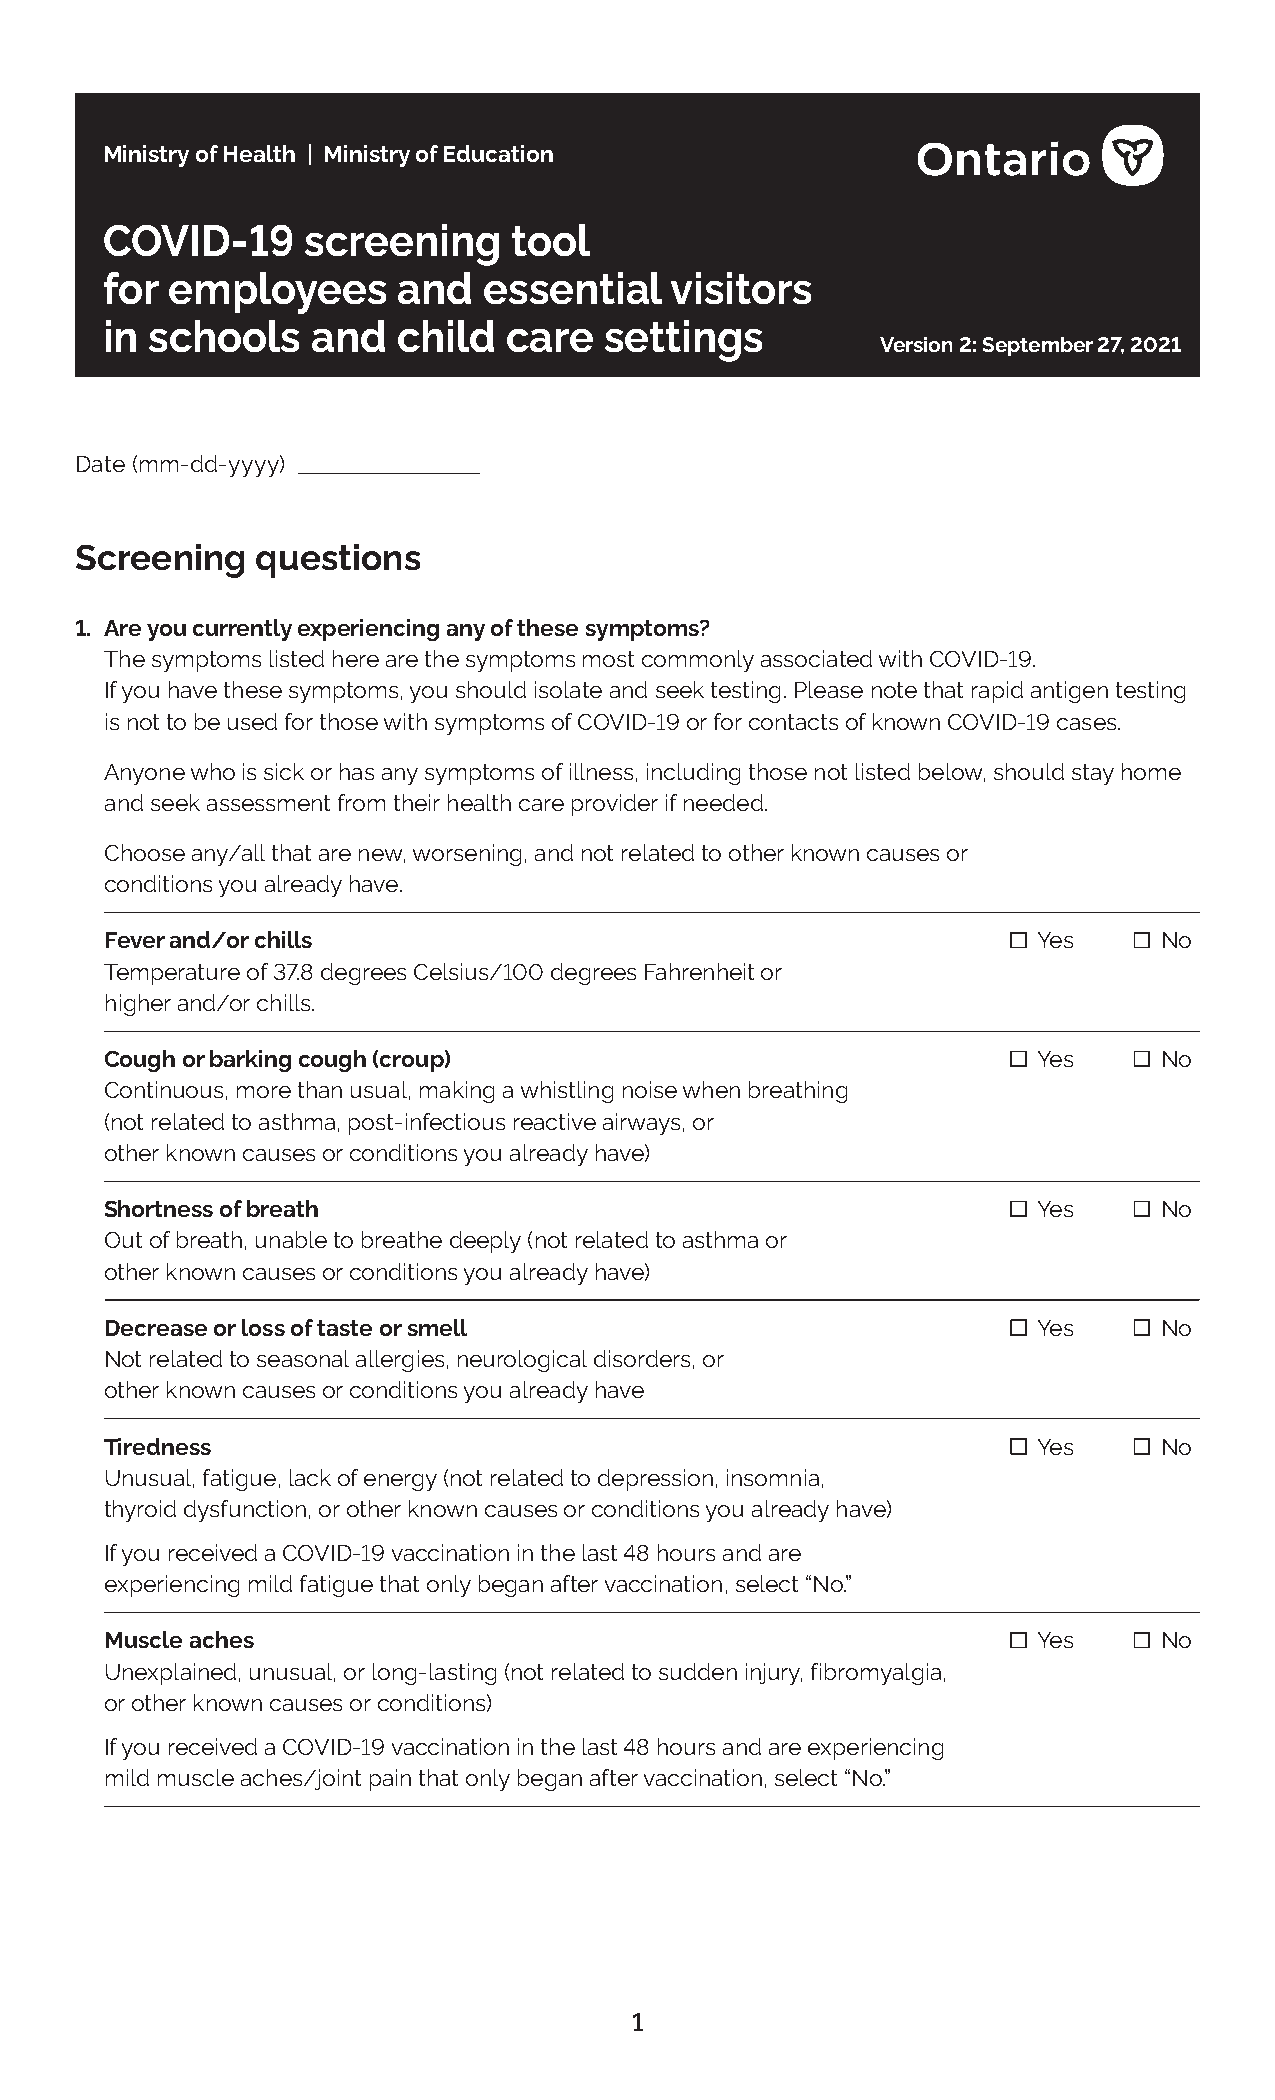
Ministry of Health | Ministry of Education
 COVID-19     screening     tool
 for employees      and   essential   visitors
 in schools    and  child   care  settings
 Version 2: September 27, 2021
 Date (mm-dd-yyyy)
 Screening   questions
 1. Are you currently experiencing any of these symptoms?
 The symptoms listed here are the symptoms most commonly associated with COVID-19.
 If you have these symptoms, you should isolate and seek testing. Please note that rapid antigen testing
 is not to be used for those with symptoms of COVID-19 or for contacts of known COVID-19 cases.
 Anyone who is sick or has any symptoms of illness, including those not listed below, should stay home
 and seek assessment from their health care provider if needed.
 Choose any/all that are new, worsening, and not related to other known causes or
 conditions you already have.
 Fever and/or chills                                           Yes     No
 Temperature of 37.8 degrees Celsius/100 degrees Fahrenheit or
 higher and/or chills.
 Cough or barking cough (croup)                                Yes     No
 Continuous, more than usual, making a whistling noise when breathing
 (not related to asthma, post-infectious reactive airways, or
 other known causes or conditions you already have)
 Shortness of breath                                           Yes     No
 Out of breath, unable to breathe deeply (not related to asthma or
 other known causes or conditions you already have)
 Decrease or loss of taste or smell                            Yes     No
 Not related to seasonal allergies, neurological disorders, or
 other known causes or conditions you already have
 Tiredness                                                     Yes     No
 Unusual, fatigue, lack of energy (not related to depression, insomnia,
 thyroid dysfunction, or other known causes or conditions you already have)
 If you received a COVID-19 vaccination in the last 48 hours and are
 experiencing mild fatigue that only began after vaccination, select “No.”
 Muscle aches                                                  Yes     No
 Unexplained, unusual, or long-lasting (not related to sudden injury, fibromyalgia,
 or other known causes or conditions)
 If you received a COVID-19 vaccination in the last 48 hours and are experiencing
 mild muscle aches/joint pain that only began after vaccination, select “No.”
 1